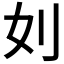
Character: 𠚰